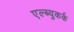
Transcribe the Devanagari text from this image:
एल्ब्युकर्क